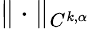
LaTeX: \| \cdot\| _{C^{k,\alpha}}